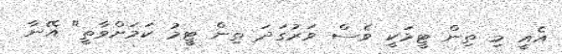
އެއީ މި ތިން ޓީމަކީ ވެސް ވަރުގަދަ ތިން ޓީމު ކަމަށްވާތީ" އޭނާ